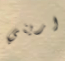
اريني